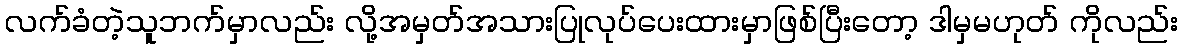
လက်ခံတဲ့သူဘက်မှာလည်း လို့အမှတ်အသားပြုလုပ်ပေးထားမှာဖြစ်ပြီးတော့ ဒါမှမဟုတ် ကိုလည်း